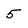
Character: 5